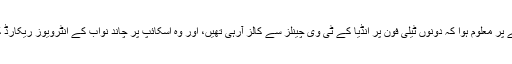
میرے پوچھنے پر معلوم ہوا کہ دونوں ٹیلی فون پر انڈیا کے ٹی وی چینلز سے کالز آرہی تھیں، اور وہ اسکائپ پر چاند نواب کے انٹرویوز ریکارڈ کر رہے تھے۔